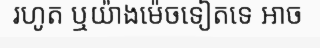
រហូត ឬយ៉ាងម៉េចទៀតទេ អាច